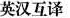
英汉互译